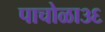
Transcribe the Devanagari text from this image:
पाचोळा३६